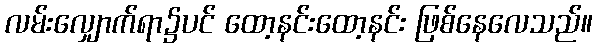
လမ်းလျှောက်ရာ၌ပင် ထော့နင်းထော့နင်း ဖြစ်နေလေသည်။